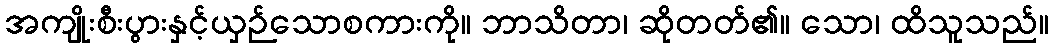
အကျိုးစီးပွားနှင့်ယှဉ်သောစကားကို။ ဘာသိတာ၊ ဆိုတတ်၏။ သော၊ ထိသူသည်။